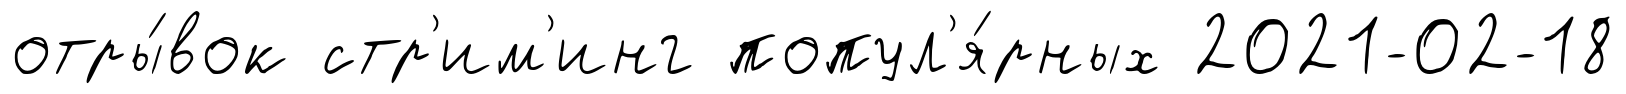
отры́вок стр'им'инг попул'я́рных 2021-02-18